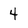
Character: 4